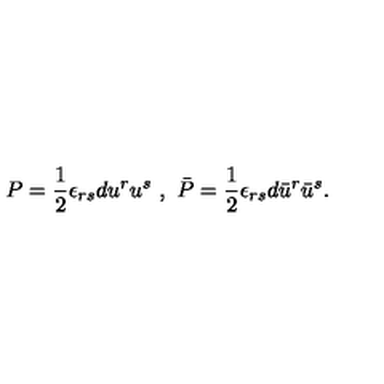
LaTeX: P = \frac { 1 } { 2 } \epsilon _ { r s } d u ^ { r } u ^ { s } \ , \ \bar { P } = \frac { 1 } { 2 } \epsilon _ { r s } d \bar { u } ^ { r } \bar { u } ^ { s } .